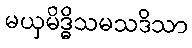
မယှမိဒ္ဓိသမသဒိသာ